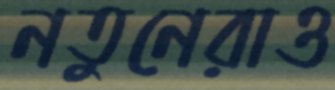
নতুনেরাও